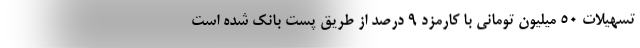
تسهیلات ۵۰ میلیون تومانی با کارمزد ۹ درصد از طریق پست بانک شده است